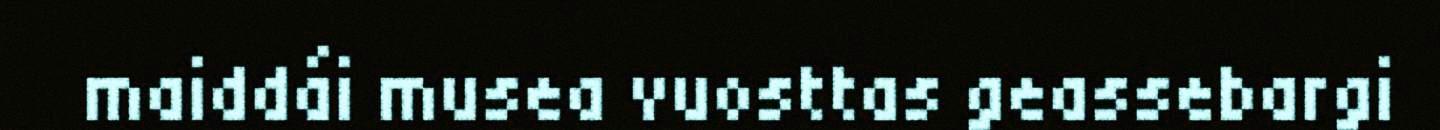
maiddái musea vuosttas geassebargi